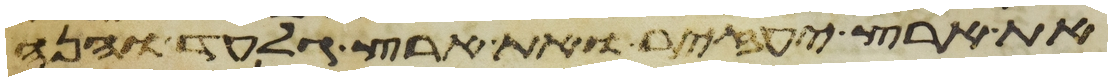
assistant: את ארץ יעזיר ואת ארץ גלעד והנה